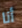
أنا